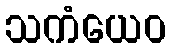
သကံယေဝ